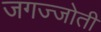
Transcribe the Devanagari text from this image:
जगज्जोती